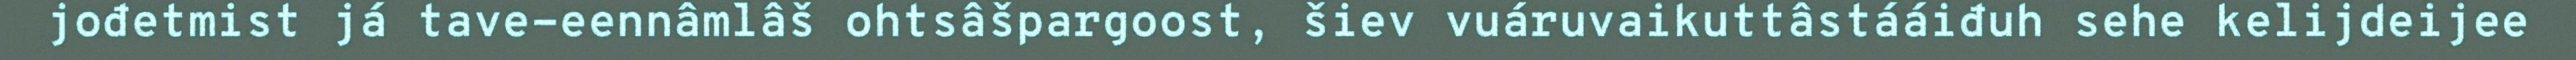
jođetmist já tave-eennâmlâš ohtsâšpargoost, šiev vuáruvaikuttâstááiđuh sehe kelijdeijee